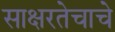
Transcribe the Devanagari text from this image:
साक्षरतेचाचे